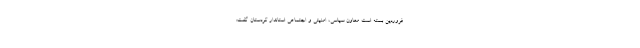
فروردین بسته است معاون سیاسی، امنیتی و اجتماعی استاندار کردستان گفت: